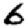
Digit: 6